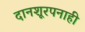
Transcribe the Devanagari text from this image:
दानशूरपनाही